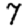
Digit: 7